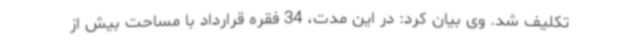
تکلیف شد. وی بیان کرد: در این مدت، 34 فقره قرارداد با مساحت بیش از